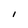
Character: l